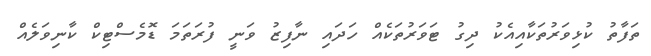
ތަފާތު ކުޅިވަރުތަކާއިއެކު ދިގު ޓަވަރުތަކެއް ހަދައި ނާފިޒު ވަނީ ފުރަތަމަ ޑޮމެސްޓިކް ކާނިވަލެއް